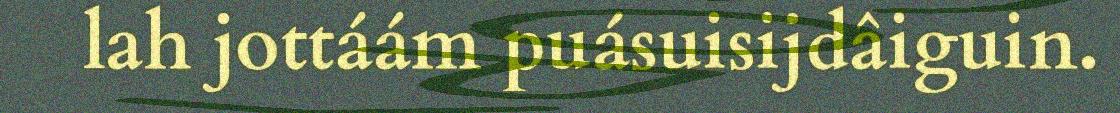
lah jottáám puásuisijdâiguin.